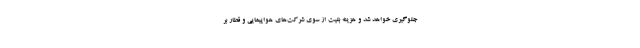
جلوگیری خواهد شد و هزینه بلیت از سوی شرکت‌های هواپیمایی و قطار بر